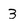
Character: 3